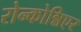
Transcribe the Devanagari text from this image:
रोन्कोन्निएर